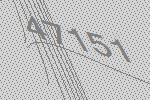
47151